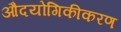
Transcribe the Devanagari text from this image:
औदयोगिकीकरण